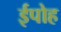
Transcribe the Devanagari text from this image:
ईपोह